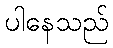
ပါနေသည်